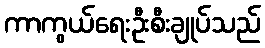
ကာကွယ်ရေးဦးစီးချုပ်သည်